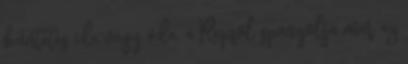
büntetés ide vagy oda, a Repsol spanyolja már az